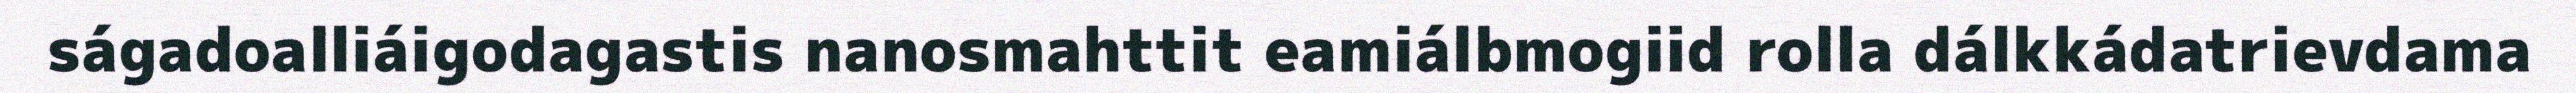
ságadoalliáigodagastis nanosmahttit eamiálbmogiid rolla dálkkádatrievdama